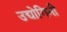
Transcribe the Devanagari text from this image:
उद्योगिनी